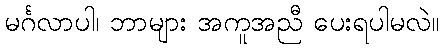
မင်္ဂလာပါ၊ ဘာများ အကူအညီ ပေးရပါမလဲ။